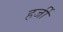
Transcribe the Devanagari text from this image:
हर्जी